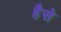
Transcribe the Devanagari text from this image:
हैसे